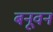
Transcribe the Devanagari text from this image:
बनूवन